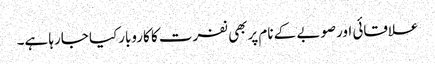
علاقائی اورصوبے کے نام پربھی نفرت کا کاروبارکیا جارہا ہے۔